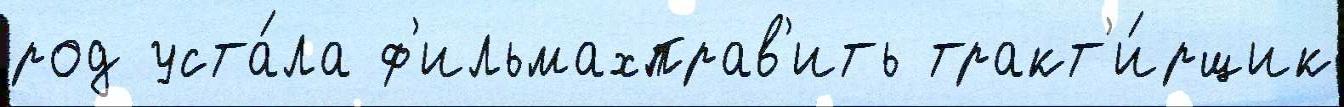
род уста́ла ф'ильмахправ'ить тракт'и́рщик